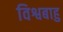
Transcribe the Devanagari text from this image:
विश्वबाहु